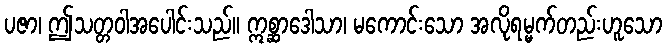
ပဇာ၊ ဤသတ္တဝါအပေါင်းသည်။ ဣစ္ဆာဒေါသာ၊ မကောင်းသော အလိုရမ္မက်တည်းဟူသော